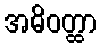
အဓိဝတ္ထာ